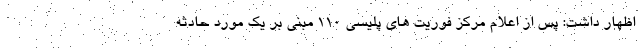
اظهار داشت: پس از اعلام مرکز فوریت های پلیسی ۱۱۰ مبنی بر یک مورد حادثه